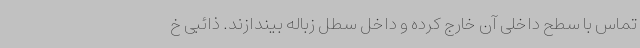
تماس با سطح داخلی آن خارج کرده و داخل سطل زباله بیندازند. ذائبی خ